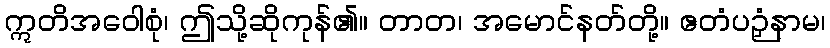
ဣတိအဝေါစုံ၊ ဤသို့ဆိုကုန်၏။ တာတ၊ အမောင်နတ်တို့။ ဧတံပဉှံနာမ၊